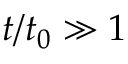
t / t _ { 0 } \gg 1